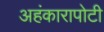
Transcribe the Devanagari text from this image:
अहंकारापोटी